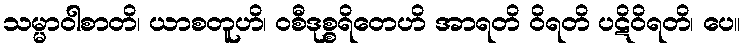
သမ္မာဝါစာတိ၊ ယာစတူဟိ၊ ဝစီဒုစ္စရိတေဟိ အာရတိ ဝိရတိ ပဋိဝိရတိ၊ ပေ။